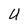
Character: U